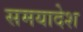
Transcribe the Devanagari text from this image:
समयादेश